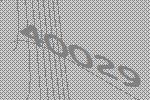
40029